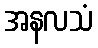
အနလသံ